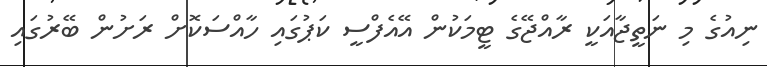
ނިއުގެ މި ނަތީޖާއަކީ ރާއްޖޭގެ ޓީމަކުން އޭއެފްސީ ކަޕުގައި ހާއްސަކޮށް ރަށުން ބޭރުގައި